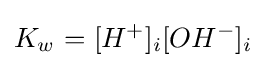
K_{w^{}}=[H^{+}]_{i}[OH^{-}]_{i}